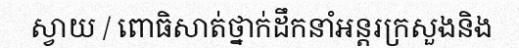
ស្វាយ / ពោធិសាត់ថ្នាក់ដឹកនាំអន្តរក្រសួងនិង